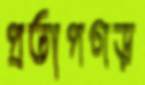
প্রতাপগড়